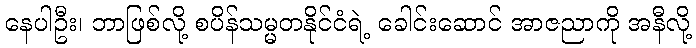
နေပါဦး၊ ဘာဖြစ်လို့ စပိန်သမ္မတနိုင်ငံရဲ့ ခေါင်းဆောင် အာဇညာကို အနီလို့